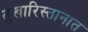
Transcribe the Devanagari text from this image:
तुखारिस्तानात